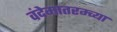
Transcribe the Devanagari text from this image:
वंदेमातरम्च्या